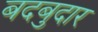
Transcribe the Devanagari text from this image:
बदबुदार